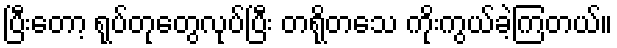
ပြီးတော့ ရုပ်တုတွေလုပ်ပြီး တရိုတသေ ကိုးကွယ်ခဲ့ကြတယ်။